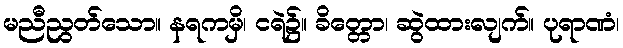
မညီညွတ်သော။ နရကမှိ၊ ငရဲ၌။ ခိတ္တော၊ ဆွဲထားလျက်။ ပုရာဏံ၊